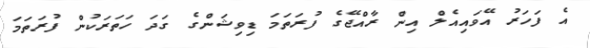
އެ ފަހަރު އޭވައިއެލް އިން ރާއްޖޭގެ ފުރަތަމަ ޑިވިޝަންގެ ގަދަ ހަތަރަކުން ފުރަތަމަ